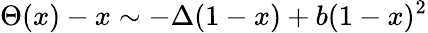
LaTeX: \Theta(x)-x\sim-\Delta(1-x)+b(1-x)^{2}